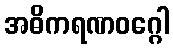
အဓိကရဏဝဂ္ဂေါ